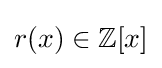
r(x)\in \mathbb {Z} [x]